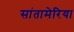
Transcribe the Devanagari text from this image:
सांतामेरिया